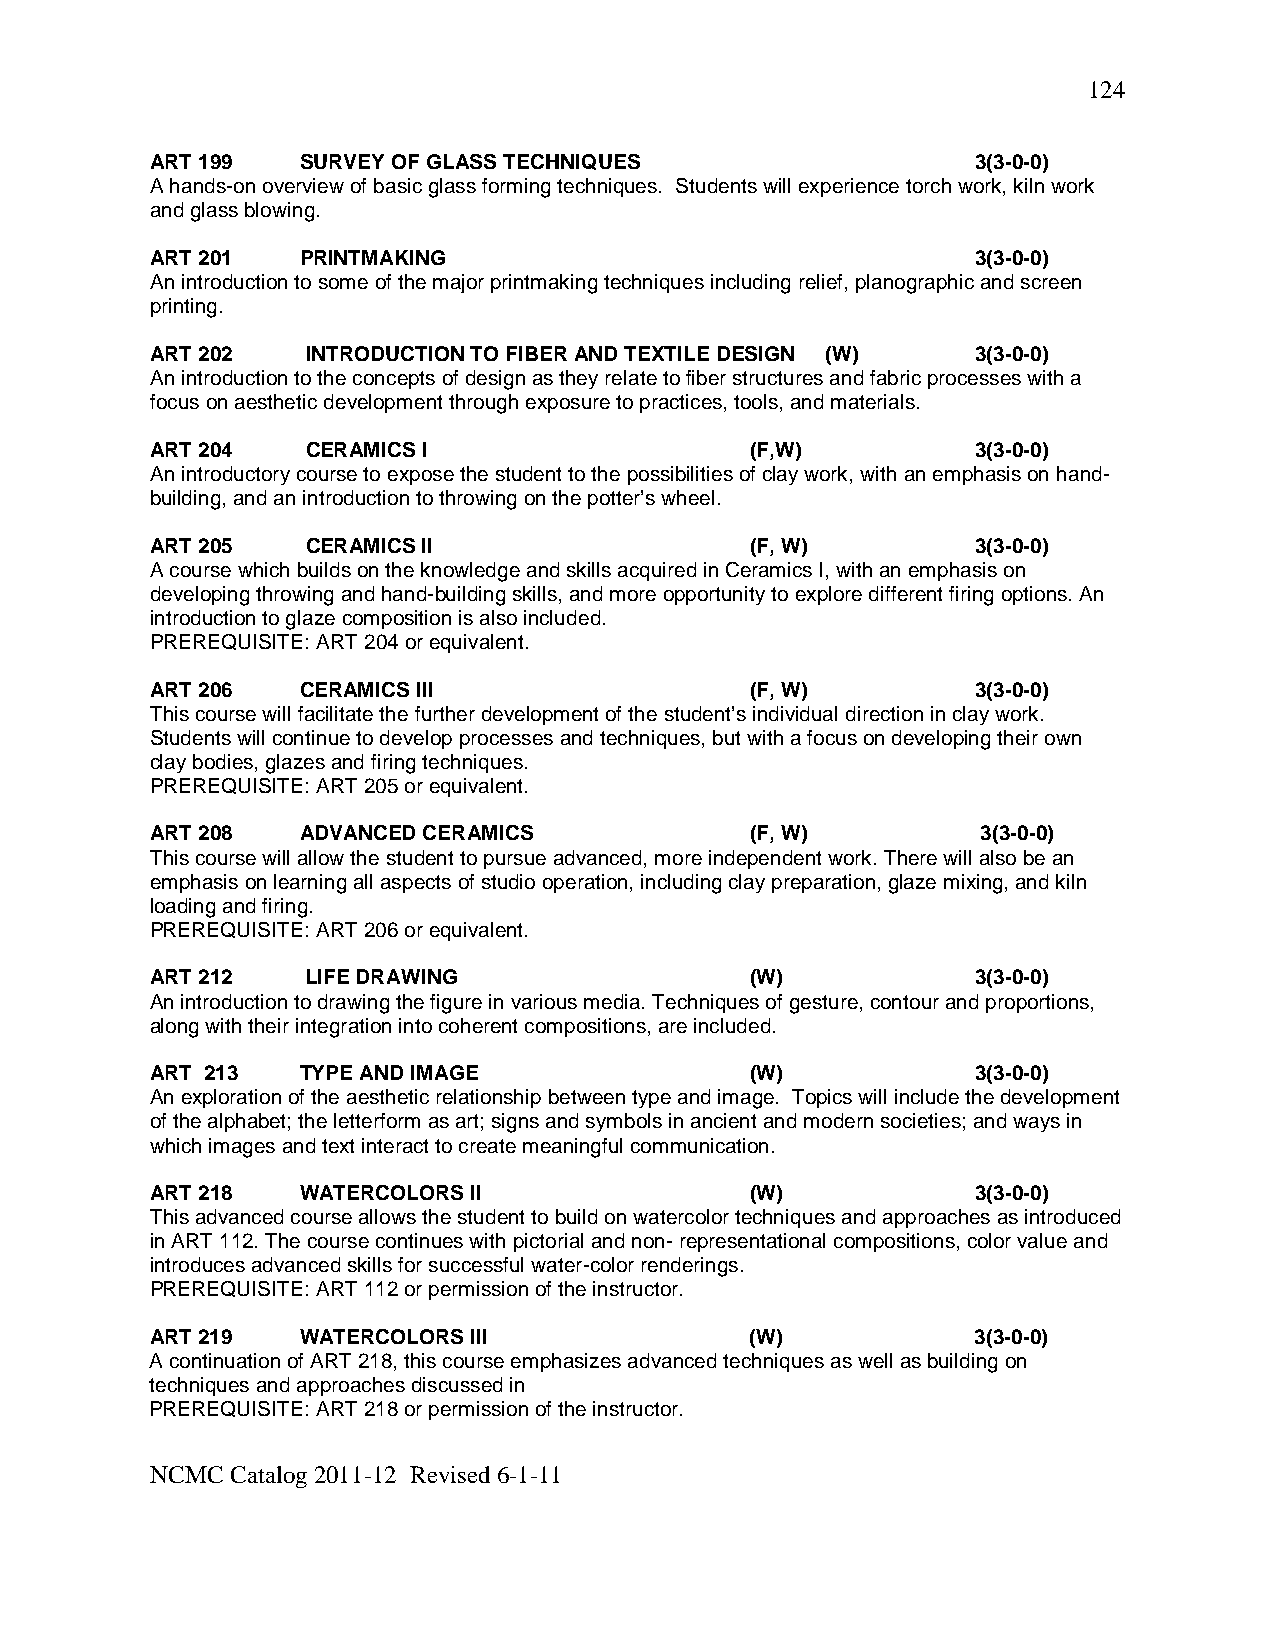
124
 ART 199   SURVEY OF GLASS TECHNIQUES                   3(3-0-0)
 A hands-on overview of basic glass forming techniques. Students will experience torch work, kiln work
 and glass blowing.
 ART 201   PRINTMAKING                                  3(3-0-0)
 An introduction to some of the major printmaking techniques including relief, planographic and screen
 printing.
 ART 202   INTRODUCTION TO FIBER AND TEXTILE DESIGN (W) 3(3-0-0)
 An introduction to the concepts of design as they relate to fiber structures and fabric processes with a
 focus on aesthetic development through exposure to practices, tools, and materials.
 ART 204   CERAMICS I                    (F,W)          3(3-0-0)
 An introductory course to expose the student to the possibilities of clay work, with an emphasis on hand-
 building, and an introduction to throwing on the potter’s wheel.
 ART 205   CERAMICS II                   (F, W)         3(3-0-0)
 A course which builds on the knowledge and skills acquired in Ceramics I, with an emphasis on
 developing throwing and hand-building skills, and more opportunity to explore different firing options. An
 introduction to glaze composition is also included.
 PREREQUISITE: ART 204 or equivalent.
 ART 206   CERAMICS III                  (F, W)         3(3-0-0)
 This course will facilitate the further development of the student’s individual direction in clay work.
 Students will continue to develop processes and techniques, but with a focus on developing their own
 clay bodies, glazes and firing techniques.
 PREREQUISITE: ART 205 or equivalent.
 ART 208   ADVANCED CERAMICS             (F, W)         3(3-0-0)
 This course will allow the student to pursue advanced, more independent work. There will also be an
 emphasis on learning all aspects of studio operation, including clay preparation, glaze mixing, and kiln
 loading and firing.
 PREREQUISITE: ART 206 or equivalent.
 ART 212   LIFE DRAWING                  (W)            3(3-0-0)
 An introduction to drawing the figure in various media. Techniques of gesture, contour and proportions,
 along with their integration into coherent compositions, are included.
 ART 213   TYPE AND IMAGE                (W)            3(3-0-0)
 An exploration of the aesthetic relationship between type and image. Topics will include the development
 of the alphabet; the letterform as art; signs and symbols in ancient and modern societies; and ways in
 which images and text interact to create meaningful communication.
 ART 218   WATERCOLORS II                (W)            3(3-0-0)
 This advanced course allows the student to build on watercolor techniques and approaches as introduced
 in ART 112. The course continues with pictorial and non- representational compositions, color value and
 introduces advanced skills for successful water-color renderings.
 PREREQUISITE: ART 112 or permission of the instructor.
 ART 219   WATERCOLORS III               (W)            3(3-0-0)
 A continuation of ART 218, this course emphasizes advanced techniques as well as building on
 techniques and approaches discussed in
 PREREQUISITE: ART 218 or permission of the instructor.
 NCMC Catalog 2011-12 Revised 6-1-11